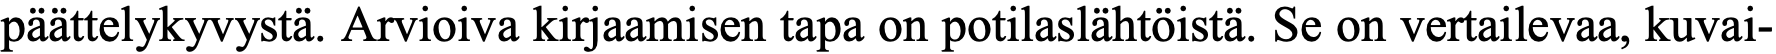
päättelykyvystä. Arvioiva kirjaamisen tapa on potilaslähtöistä. Se on vertailevaa, kuvai-